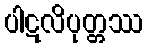
ပါဋလိပုတ္တဿ